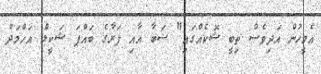
އެމީހުން އަދިވެސް ތިބީ ޝޮކެއްގައި" ސަބާ އާއި ފަރާގެ ބައްޕަ ޝަކީލް އަހްމަދު